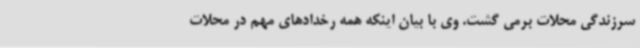
سرزندگی محلات برمی گشت. وی با بیان اینکه همه رخدادهای مهم در محلات